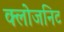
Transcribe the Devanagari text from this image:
क्लोजनिट